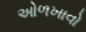
ઓળખાવો